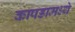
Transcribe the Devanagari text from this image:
कापडामध्ये